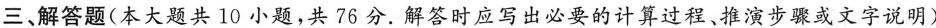
三、解答题(本大题共10小题，共76分.解答时应写出必要的计算过程、推演步骤或文字说明)